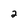
Character: 2